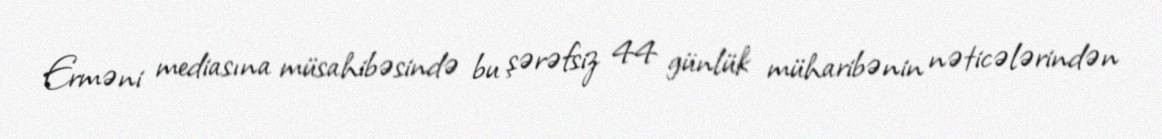
Erməni mediasına müsahibəsində bu şərəfsiz 44 günlük müharibənin nəticələrindən